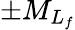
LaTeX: \pm{M}_{L_{f}}